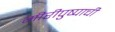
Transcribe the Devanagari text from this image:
गीरीपुष्पाची